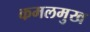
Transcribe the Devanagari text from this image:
कमलमुख